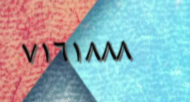
٧١٦١٨٨٨